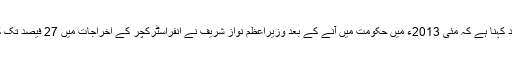
بلوم برگ کا مزید کہنا ہے کہ مئی 2013ء میں حکومت میں آنے کے بعد وزیراعظم نواز شریف نے انفراسٹرکچر کے اخراجات میں 27 فیصد تک کا اضافہ کیا ہے۔